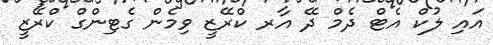
އައި ލުކް އެޓް ދެމް ދޭ އާރ ކްރޭޒީ ވިމެން ގެޓިންގް ކްރޭޒީ